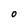
Character: O